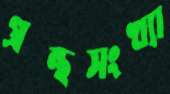
গ্রন্থসংখ্যা